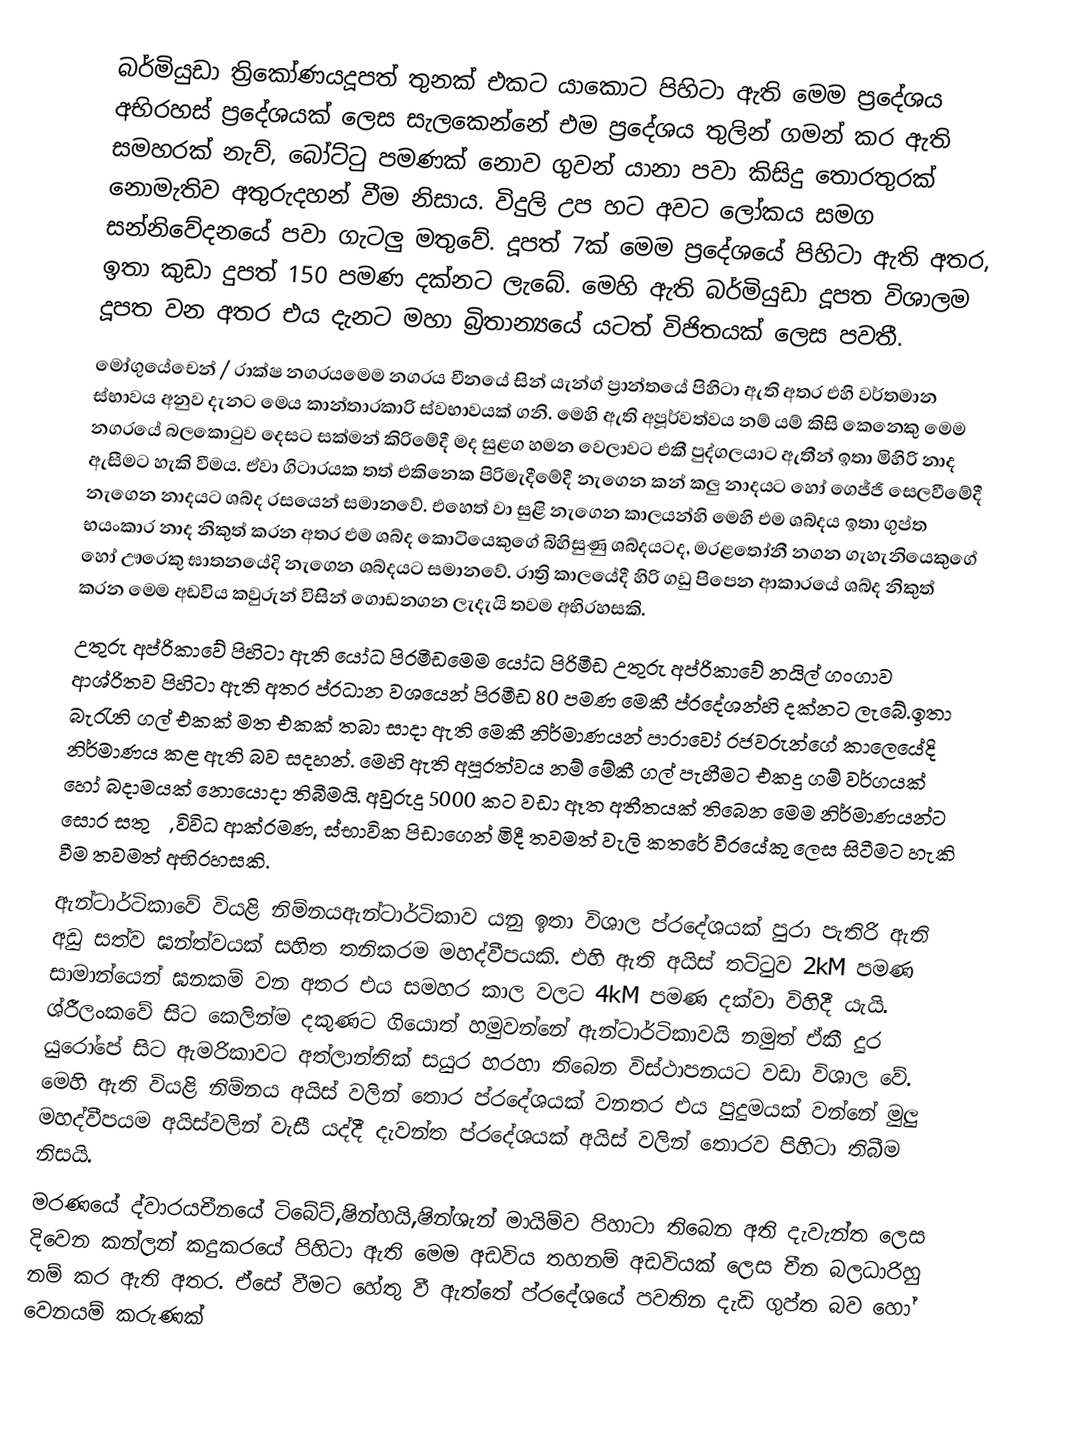
බර්මියුඩා ත්‍රිකෝණයදූපත් තුනක් එකට යාකොට පිහිටා ඇති මෙම ප්‍රදේශය අභිරහස් ප්‍රදේශයක් ලෙස සැලකෙන්නේ එම ප්‍රදේශය තුලින් ගමන් කර ඇති සමහරක් නැව්, බෝට්ටු පමණක් නොව ගුවන් යානා පවා කිසිදු තොරතුරක් නොමැතිව අතුරුදහන් වීම නිසාය. විදුලි උප හට අවට ලෝකය සමග සන්නිවේදනයේ පවා ගැටලු මතුවේ. දූපත් 7ක් මෙම ප්‍රදේශයේ පිහිටා ඇති අතර, ඉතා කුඩා දුපත් 150 පමණ දක්නට ලැබේ. මෙහි ඇති බර්මියුඩා දූපත විශාලම දූපත වන අතර එය දැනට මහා බ්‍රිතාන්‍යයේ යටත් විජිතයක් ලෙස පවතී.
 මෝගුයේචෙන් / රාක්ෂ නගරයමෙම නගරය චීනයේ සින් යැන්ග් ප්‍රාන්තයේ පිහිටා ඇති අතර එහි වර්තමාන ස්භාවය අනුව දැනට මෙය කාන්තාරකාරි ස්වභාවයක් ගනි. මෙහි ඇති අපූර්වත්වය නම් යම් කිසි කෙනෙකු මෙම නගරයේ බලකොටුව දෙසට සක්මන් කිරිමේදී මද සුළග හමන වෙලාවට එකී පුද්ගලයාට ඇතීන් ඉතා මිහිරි නාද ඇසීමට හැකි වීමය. ඒවා ගිටාරයක තත් එකිනෙක පිරිමැදීමේදී නැගෙන කන් කලු නාදයට හෝ ගෙජ්ජි සෙලවීමේදී නැගෙන නාදයට ශබ්ද රසයෙන් සමානවේ. එහෙත් වා සුළි නැගෙන කාලයන්හි මෙහි එම ශබ්දය ඉතා ගුප්ත භයංකාර නාද නිකුත් කරන අතර එම ශබ්ද කොටියෙකුගේ බිහිසුණු ශබ්දයටද, මරළතෝනී නගන ගැහැනියෙකුගේ හෝ ඌරෙකු ඝාතනයේදි නැගෙන ශබ්දයට සමානවේ. රාත්‍රි කාලයේදී හිරි ගඩු පිපෙන ආකාරයේ ශබ්ද නිකුත් කරන මෙම අඩවිය කවුරුන් විසින් ගොඩනගන ලැදැයි තවම අභිරහසකි.
 උතුරු අප්රිකාවේ පිහිටා ඇති යෝධ පිරමීඩමෙම යෝධ පිරිමීඩ උතුරු අප්රිකාවේ නයිල් ගංගාව ආශ්රිතව පිහිටා ඇති අතර ප්රධාන වශයෙන් පිරමීඩ 80 පමණ මෙකී ප්රදේශන්හි දක්නට ලැබේ.ඉතා බැරැති ගල් එකක් මත එකක් තබා සාදා ඇති මෙකී නිර්මාණයන් පාරාවෝ රජවරුන්ගේ කාලෙයේදි නිර්මාණය කළ ඇති බව සදහන්. මෙහි ඇති අපූරත්වය නම් මේකී ගල් පැහීමට එකදු ගම් වර්ගයක් හෝ බදාමයක් නොයොදා තිබීමයි. අවුරුදු 5000 කට වඩා ඈත අතීතයක් තිබෙන මෙම නිර්මාණයන්ට සොර සතුරු, විවිධ ආක්රමණ, ස්භාවික පිඩාගෙන් මිදී තවමත් වැලි කතරේ වීරයේකු ලෙස සිටීමට හැකි වීම තවමත් අභිරහසකි.
 ඇන්ටාර්ටිකාවේ වියළි නිම්නයඇන්ටාර්ටිකාව යනු ඉතා විශාල ප්රදේශයක් පුරා පැතිරි ඇති අඩු සත්ව ඝන්ත්වයක් සහිත තනිකරම මහද්වීපයකි. එහි ඇති අයිස් තට්ටුව 2kM පමණ සාමාන්යෙන් ඝනකම් වන අතර එය සමහර කාල වලට 4kM පමණ දක්වා විහිදී යැයි. ශ්රීලංකවේ සිට කෙලින්ම දකුණට ගියොත් හමුවන්නේ ඇන්ටාර්ටිකාවයි නමුත් ඒකී දුර යුරෝපේ සිට ඇමරිකාවට අත්ලාන්තික් සයුර හරහා තිබෙන විස්ථාපනයට වඩා විශාල වේ. මෙහි ඇති වියළි නිම්නය අයිස් වලින් තොර ප්රදේශයක් වනතර එය පුදුමයක් වන්නේ මුලු මහද්වීපයම අයිස්වලින් වැසී යද්දී දැවන්ත ප්රදේශයක් අයිස් වලින් තොරව පිහිටා තිබීම නිසයි.
 මරණයේ ද්වාරයචීනයේ ටිබේට්,ෂින්හයි,ෂින්ශැන් මායිම්ව පිහාටා තිබෙන අති දැවැන්ත ලෙස දිවෙන කන්ලන් කදුකරයේ පිහිටා ඇති මෙම අඩවිය තහනම් අඩවියක් ලෙස චීන බලධාරිහු නම් කර ඇති අතර. ඒසේ වීමට හේතු වී ඇත්තේ ප්රදේශයේ පවතින දැඩි ගුප්ත බව හෝ වෙනයම් කරුණක්